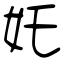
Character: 奼